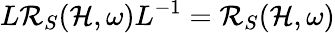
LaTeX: L\mathcal{R}_{S}(\mathcal{H},\omega)L^{-1}=\mathcal{R}_{S}(\mathcal{H},\omega)